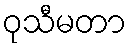
ဝုသီမတာ